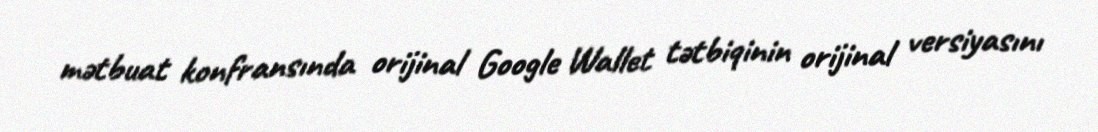
mətbuat konfransında orijinal Google Wallet tətbiqinin orijinal versiyasını